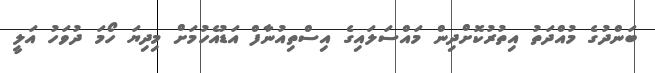
ބަންދުގެ މުއްދަތު އިތުރުކޮށްދިން މައްސަލައިގެ އިސްތިއުނާފް އަޑުއެހުމަށް މިދިޔަ ހޯމަ ދުވަހު އަލީ